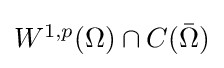
{\textstyle W^{1,p}(\Omega )\cap C({\bar {\Omega }})}